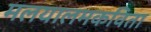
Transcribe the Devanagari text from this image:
मलयालमकविता